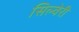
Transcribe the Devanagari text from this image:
सिल्वेरी